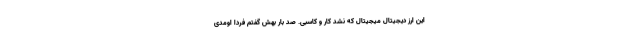
این ارز دیجیتال میجیتال که نشد کار و کاسبی. صد بار بهش گفتم فردا اومدی